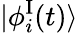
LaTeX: \vert\phi_{i}^{\mathrm{I}}(t)\rangle